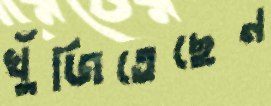
খুঁজিতেছেন